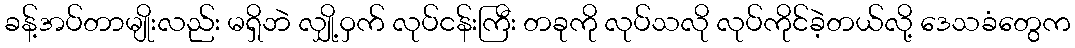
ခန့်အပ်တာမျိုးလည်း မရှိဘဲ လျှို့ဝှက် လုပ်ငန်းကြီး တခုကို လုပ်သလို လုပ်ကိုင်ခဲ့တယ်လို့ ဒေသခံတွေက